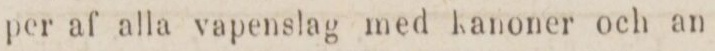
per af alla vapenslag med kanoner och an